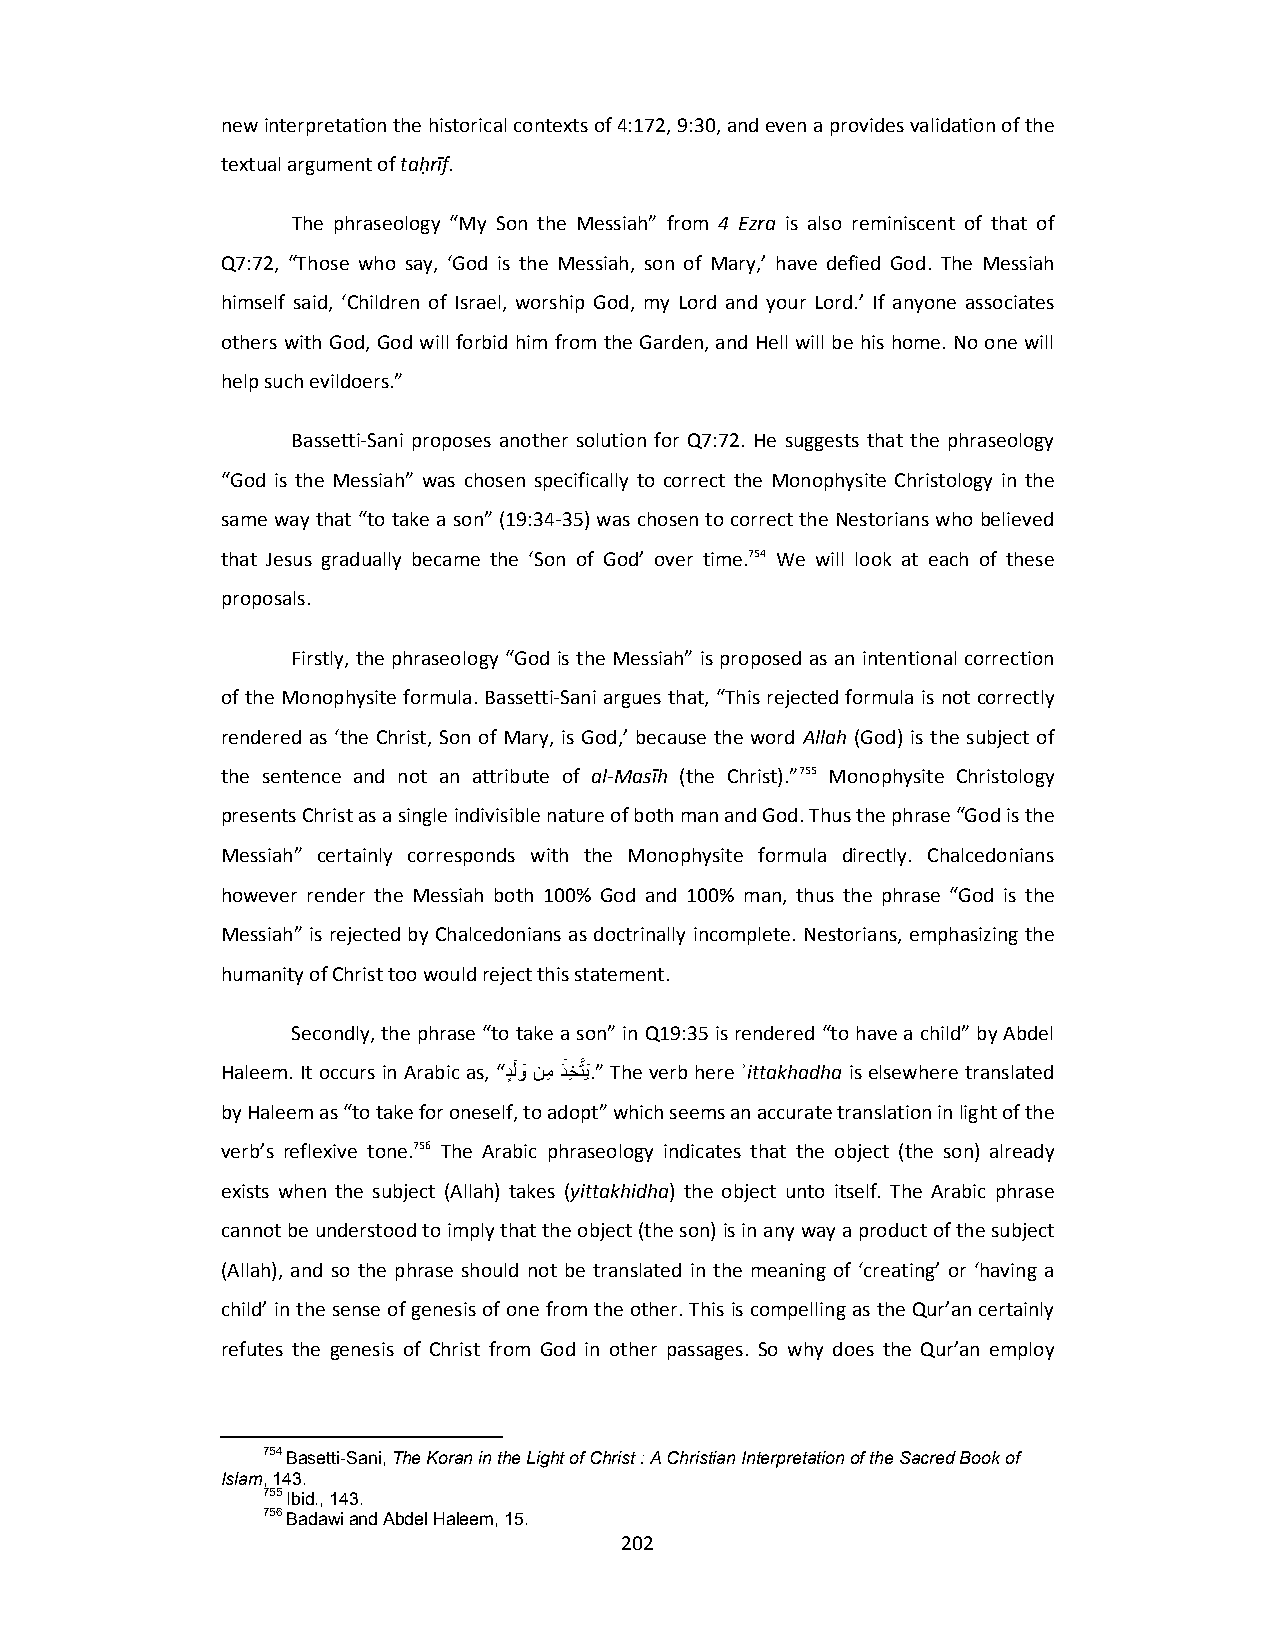
new interpretation the historical contexts of 4:172, 9:30, and even a provides validation of the
 textual argument of taḥrīf.
 The phraseology “My Son the Messiah” from 4 Ezra is also reminiscent of that of
 Q7:72, “Those who say, ‘God is the Messiah, son of Mary,’ have defied God. The Messiah
 himself said, ‘Children of Israel, worship God, my Lord and your Lord.’ If anyone associates
 others with God, God will forbid him from the Garden, and Hell will be his home. No one will
 help such evildoers.”
 Bassetti‐Sani proposes another solution for Q7:72. He suggests that the phraseology
 “God is the Messiah” was chosen specifically to correct the Monophysite Christology in the
 same way that “to take a son” (19:34‐35) was chosen to correct the Nestorians who believed
 that Jesus gradually became the ‘Son of God’ over time.754 We will look at each of these
 proposals.
 Firstly, the phraseology “God is the Messiah” is proposed as an intentional correction
 of the Monophysite formula. Bassetti‐Sani argues that, “This rejected formula is not correctly
 rendered as ‘the Christ, Son of Mary, is God,’ because the word Allah (God) is the subject of
 the sentence and not an attribute of al‐Masīh (the Christ).”755 Monophysite Christology
 presents Christ as a single indivisible nature of both man and God. Thus the phrase “God is the
 Messiah” certainly corresponds with the Monophysite formula directly. Chalcedonians
 however render the Messiah both 100% God and 100% man, thus the phrase “God is the
 Messiah” is rejected by Chalcedonians as doctrinally incomplete. Nestorians, emphasizing the
 humanity of Christ too would reject this statement.
 Secondly, the phrase “to take a son” in Q19:35 is rendered “to have a child” by Abdel
 Haleem. It occurs in Arabic as, “ دٍلَوَ نمِ ذَخِ تَّيَ.” The verb here ͗ittakhadha is elsewhere translated
 by Haleem as “to take for oneself, to adopt” which seems an accurate translation in light of the
 verb’s reflexive tone.756 The Arabic phraseology indicates that the object (the son) already
 exists when the subject (Allah) takes (yittakhidha) the object unto itself. The Arabic phrase
 cannot be understood to imply that the object (the son) is in any way a product of the subject
 (Allah), and so the phrase should not be translated in the meaning of ‘creating’ or ‘having a
 child’ in the sense of genesis of one from the other. This is compelling as the Qur’an certainly
 refutes the genesis of Christ from God in other passages. So why does the Qur’an employ
 754 Basetti-Sani, The Koran in the Light of Christ : A Christian Interpretation of the Sacred Book of
 Islam, 143.
 755 Ibid., 143.
 756 Badawi and Abdel Haleem, 15.
 202